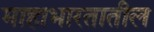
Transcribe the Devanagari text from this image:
माहाभारतातील